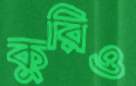
কুরিও